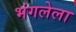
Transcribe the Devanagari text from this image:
भंगलेला